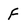
Character: F